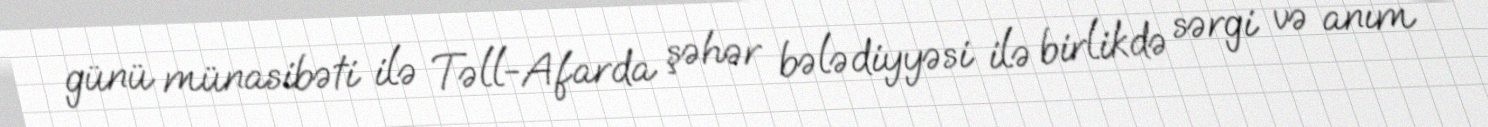
günü münasibəti ilə Təll-Afarda şəhər bələdiyyəsi ilə birlikdə sərgi və anım